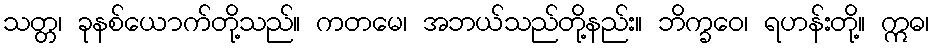
သတ္တ၊ ခုနစ်ယောက်တို့သည်။ ကတမေ၊ အဘယ်သည်တို့နည်း။ ဘိက္ခဝေ၊ ရဟန်းတို့။ ဣဓ၊